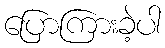
ပြောကြားခဲ့ပါ